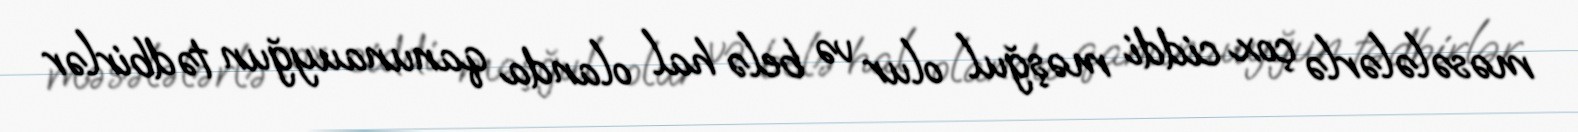
məsələlərlə çox ciddi məşğul olur və belə hal olanda qanunauyğun tədbirlər